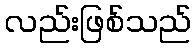
လည်းဖြစ်သည်